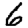
Digit: 6